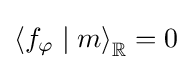
\left\langle f_{\varphi }\mid m\right\rangle _{\mathbb {R} }=0